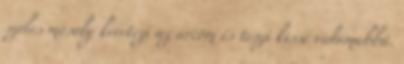
széles mosoly keretezi az arcom és teszi kissé vidámabbá.